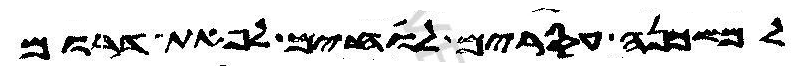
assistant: למשכנה עסרים לוחים לפאת דרום